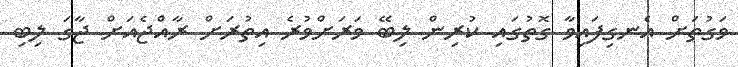
ވަގުތަށް އެނގިފައިވާ ގޮތުގައި ކުރިން ލިބޭ ވަރަށްވުރެ އިތުރަށް ރާއްޖެއަށް ޖާގަ ލިބި